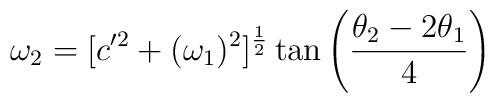
\omega _2 = [c'^2 + (\omega_1)^2]^{1 \over 2}\tan \left( {\theta_2 - 2 \theta_1 \over 4} \right)